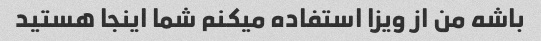
باشه من از ویزا استفاده میکنم شما اینجا هستید